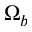
\Omega _ { b }